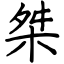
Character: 桀